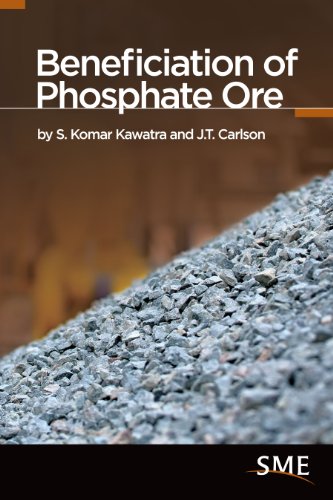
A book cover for Beneficiation of Phosphate Ore; S. Komar Kawatra; Science & Math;